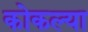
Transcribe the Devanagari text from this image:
कोकल्या